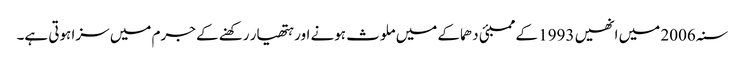
سنہ 2006 میں انھیں 1993 کے ممبئی دھماکے میں ملوث ہونے اور ہتھیار رکھنے کے جرم میں سزا ہوتی ہے۔